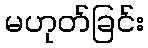
မဟုတ်ခြင်း